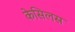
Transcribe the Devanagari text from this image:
केसिलस